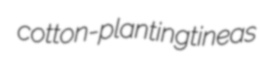
cotton-planting tineas